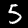
Label: 5